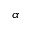
\alpha